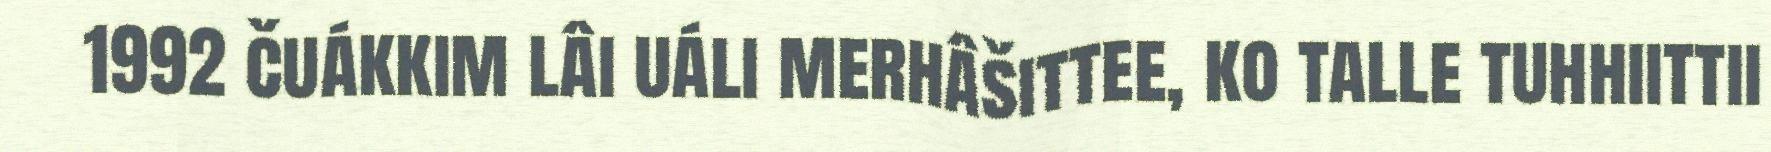
1992 čuákkim lâi uáli merhâšittee, ko talle tuhhiittii